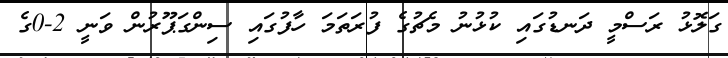
ގަލޮޅު ރަސްމީ ދަނޑުގައި ކުޅުނު މެޗުގެ ފުރަތަމަ ހާފުގައި ސިންގަޕޫރުން ވަނީ 2-0ގެ